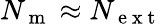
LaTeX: N_{\mathrm{~m~}}\approx N_{\mathrm{~e~x~t~}}